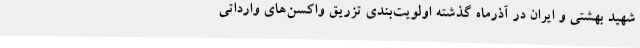
شهید بهشتی و ایران در آذرماه گذشته اولویت‌بندی تزریق واکسن‌های وارداتی